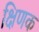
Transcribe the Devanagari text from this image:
क्षिणक